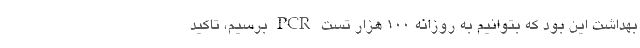
بهداشت این بود که بتوانیم به روزانه ۱۰۰ هزار تست PCR برسیم، تاکید